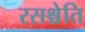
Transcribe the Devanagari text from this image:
रसश्चेति